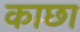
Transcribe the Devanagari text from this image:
काछा